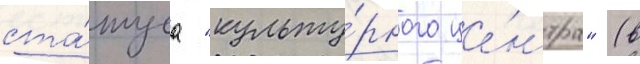
ста́туса "культу́рного це́нтра" (в